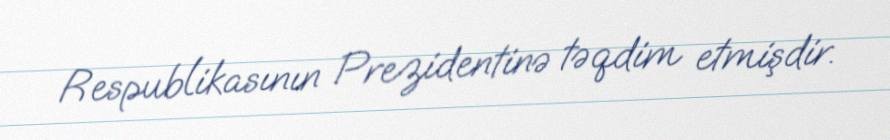
Respublikasının Prezidentinə təqdim etmişdir.